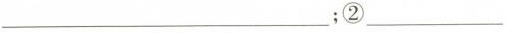
___；②___。